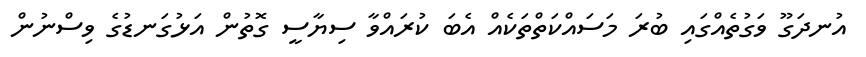
އުނދަގޫ ވަގުތެއްގައި ބުރަ މަސައްކަތްތަކެއް އެބަ ކުރައްވާ ސިޔާސީ ގޮތުން އަޅުގަނޑުގެ ވިސްނުން